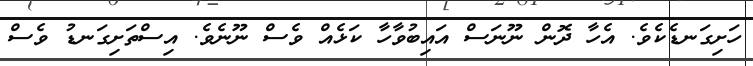
ހަށިގަނޑެކެވެ. އެހާ ދޮން ނޫނަސް އައިބުވާހާ ކަޅެއް ވެސް ނޫނެވެ. އިސްތަށިގަނޑު ވެސް